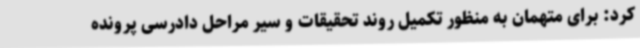
کرد: برای متهمان به منظور تکمیل روند تحقیقات و سیر مراحل دادرسی پرونده